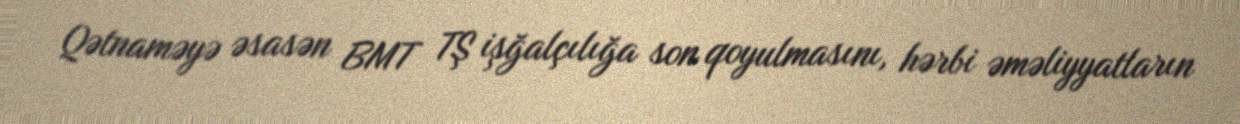
Qətnaməyə əsasən BMT TŞ işğalçılığa son qoyulmasını, hərbi əməliyyatların